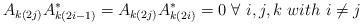
LaTeX: \begin{align*} A_{k(2j)}A_{k(2i-1)}^* = A_{k(2j)}A_{k(2i)}^* = 0 \ \forall \ i,j,k \ with \ i \neq j \end{align*}